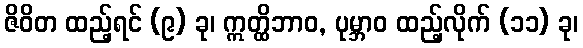
ဇိဝိတ ထည့်ရင် (၉) ခု၊ ဣတ္ထိဘာဝ, ပုမ္ဘာဝ ထည့်လိုက် (၁၁) ခု၊